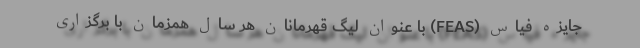
جایزه فیاس (FEAS) با عنوان لیگ قهرمانان هر سال همزمان با برگزاری